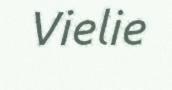
Vielie